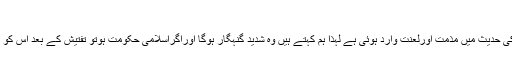
جدھن جد وہزلہن جد
ہاں چونکہ نکاح حلالہ کی حدیث میں مذمت اورلعنت وارد ہوئی ہے لہذا ہم کہتے ہیں وہ شدید گنہگار ہوگا اوراگراسلامی حکومت ہوتو تفتیش کے بعد اس کو تعزیر بھی ہوسکتی ہے۔